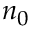
n _ { 0 }